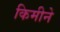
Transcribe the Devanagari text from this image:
किमीने